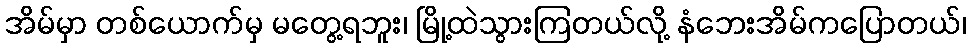
အိမ်မှာ တစ်ယောက်မှ မတွေ့ရဘူး၊ မြို့ထဲသွားကြတယ်လို့ နံဘေးအိမ်ကပြောတယ်၊